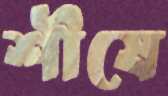
শীষে